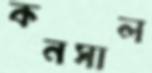
কনসাল